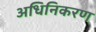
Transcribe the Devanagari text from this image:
अधिनिकरण